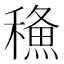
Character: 𥢦